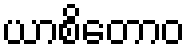
ယာစိတောဝ